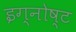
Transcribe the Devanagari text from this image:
इग्नोष्ट